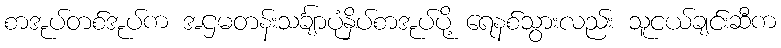
စာအုပ်တစ်အုပ်က အဌမတန်းသင်္ချာပုံနှိပ်စာအုပ်ပို့ ရေနစ်သွားလည်း သူငယ်ချင်းဆီက